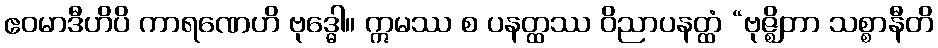
ဧဝမာဒီဟိပိ ကာရဏေဟိ ဗုဒ္ဓေါ။ ဣမဿ စ ပနတ္ထဿ ဝိညာပနတ္ထံ “ဗုဇ္ဈိတာ သစ္စာနီတိ